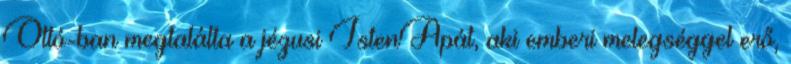
Ottó-ban megtalálta a jézusi IstenApát, aki emberi melegséggel erő,